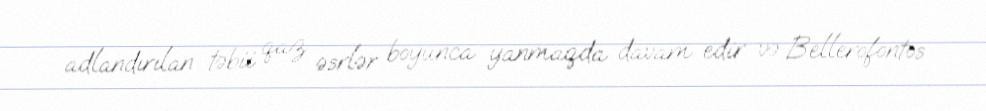
adlandırılan təbii qaz əsrlər boyunca yanmaqda davam edir və Bellerofontos